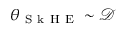
\theta _ { \mathrm { ~ S ~ k ~ H ~ E ~ } } \sim { \mathcal { D } }